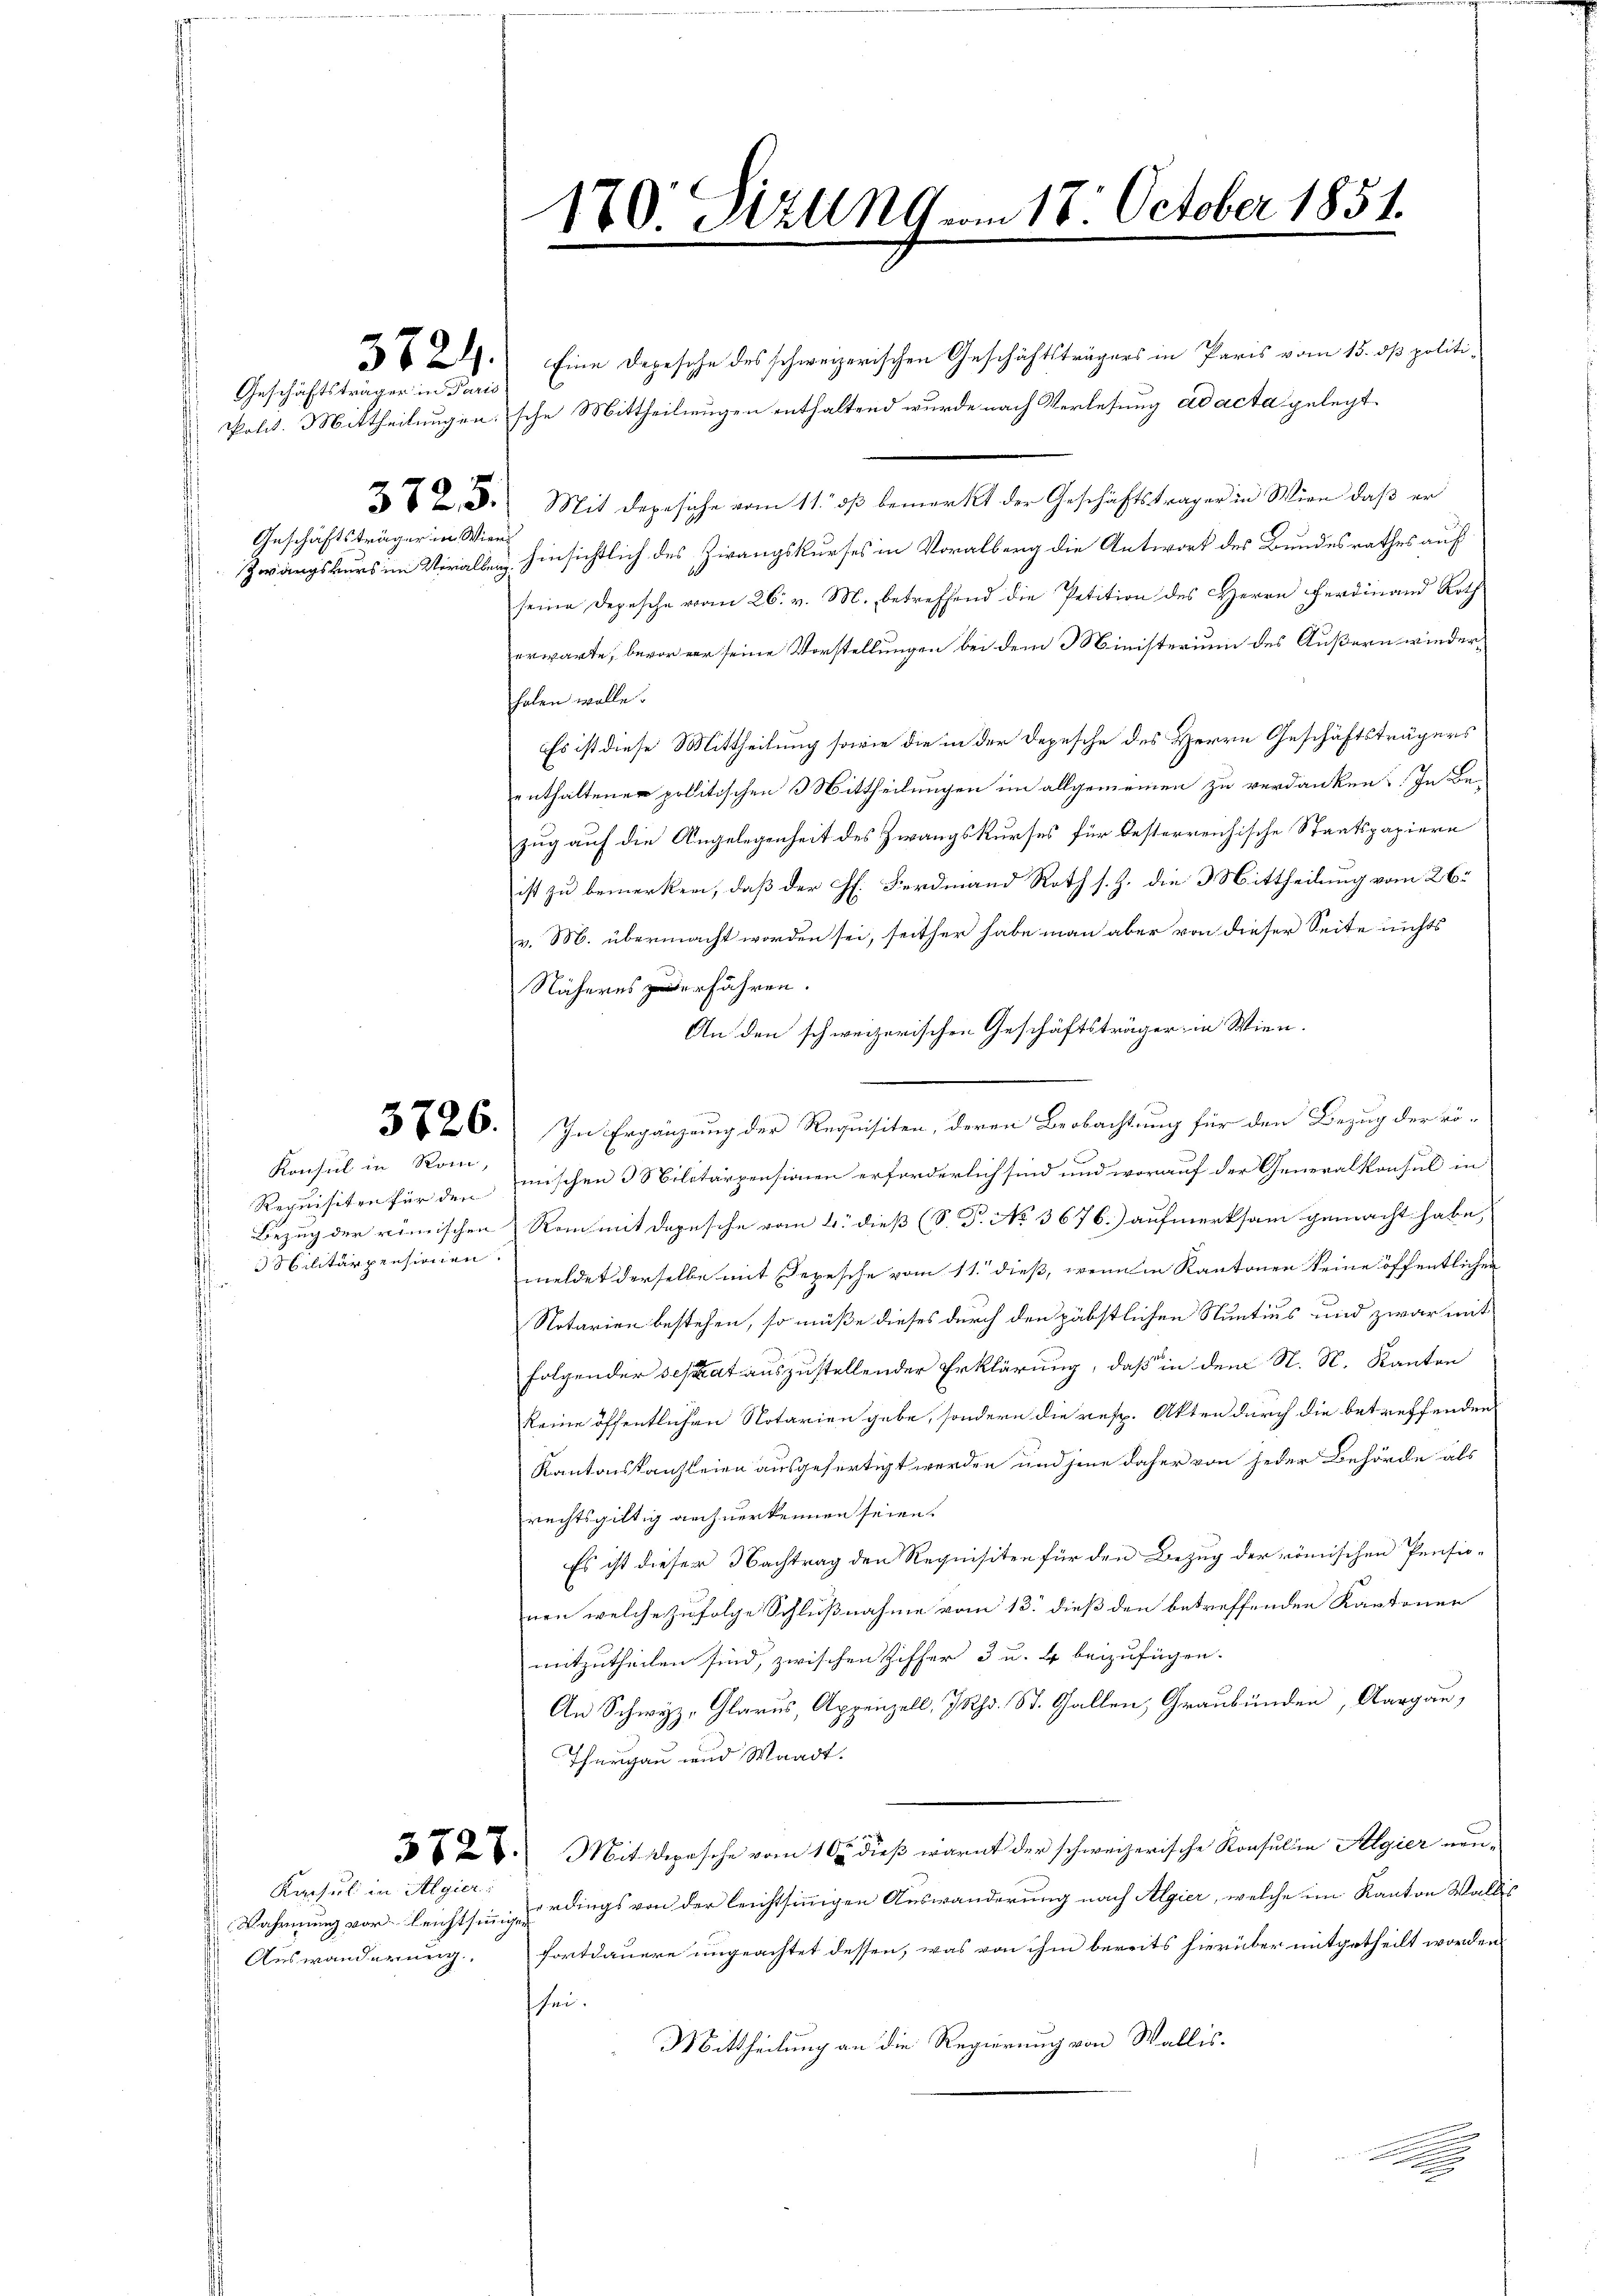
Geschäftsträger in Paris
Geschäftsträger in Wien

3721.

Konsul in Rom,
Sbilitärpensionen.

Kacsul in Algier
Wahrnung vor leichtsinniger
Auswanderung.

Eine Depesche des schweizerischen Geschäftsträgers in Paris vom 15. dß politi-
 Polit. Mittheilungensche Mittheilungen enthaltend wurde nach Verlesung ad acta gelegt.
272. 3. Mit degesiche vom 11. ds bemerkt der Geschäftsträger in Wien, daß er
Zwangskurs im Verallen hinsichtlich des Zwangskurses in Voralberg die Antwort des Bundesrathes auf
seine Depesche vom 26. v. M. betreffend die Petition des Herrn Ferdinand Roth
erwarte, bevor vor seine Vorstellungen bei dem Ministerium des Äußern wiederhalen wolle?
Es ist diese Mittheilung sowie die in der Depesche des Herrn Geschäftsträgers
enthaltener politischen Mittheilungen im allgemeinen zu verdanken. In Be-
zug auf die Angelegenheit des Zwangskurses für desterreichische Staatspapiere
ist zu bemerken, daß der Pf. Ferdinand Roth s. Z. die 3 Mittheilung vom 26.
v. M. übermacht worden sei, seither habe man aber von dieser Seite nichts
Näheres zerfähren.
An den schweizerischen Geschäftsträger in Wien.
36. In Ergänzung der Requisiten, deren Beobachtung für den Bezug der kö¬
Requisiten für den mischen 3 Militärpensionen erforderlich sind und worauf der Generalkonsul in
Bezug der römischen Rom mit depesche vom 4. dieß (S. P. No 3676. aufmerksam gemacht habe,
meldet derselbe mit Sepesche vom 11. dieß, wenn in Kantonen keine öffentlichen
Notarien bestehen, so müße dieses durch den päbstlichen Stuntius und zwar mit
folgender separat auszustellender Erklärung, daß in dem N. N. Kanton
keine öffentlichen Notarien gebe, sondern die resp. Akten durch die betreffenden
Kantonskanzleien ausgefertigt werden und jene daher von jeder Behörde als
rechtsgültig auch verkennen seien.
Es ist dieser Nachtrag den Requisiten für den Bezug der römischen Pensio-
nen welche zufolge Schlußnahme vom 13. dieß den betreffenden Kantonen
mitzutheilen sind, zwischen Ziffer 3 u. 4 beizufügen.
An Schwyz, Glarus, Appenzell, Ihr. St. Gallen, Graubünden, Aargau,
Thurgau und Waadt.
627. Mit depesche vom 10. dieß warnt der schweizerische Konsulen Algier vonerdings von der leichtsinnigen Auswanderung nach Algier, welche im Kanton Wallis
fortdauere ungeachtet dessen, was von ihm bereits hierüber mitgetheilt worden
sei.
Mittheilung an die Regierung von Wallis.

170 Sizung vom 17. October 1851.
.